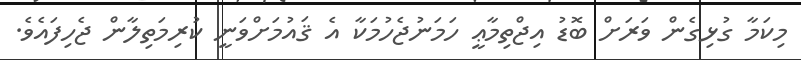
މިކަމާ ގުޅިގެން ވަރަށް ބޮޑު އިޖްތިމާޢީ ހަމަނުޖެހުމަކާ އެ ޤައުމަށްވަނީ ކުރިމަތިލާން ޖެހިފައެވެ.